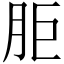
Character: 𰮒